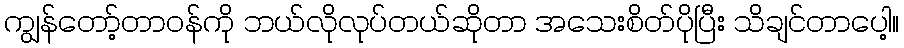
ကျွန်တော့်တာဝန်ကို ဘယ်လိုလုပ်တယ်ဆိုတာ အသေးစိတ်ပိုပြီး သိချင်တာပေါ့။